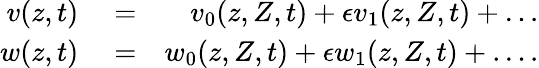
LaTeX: \begin{array}{rlr}{v(z,t)}&{{}=}&{v_{0}(z,Z,t)+\epsilon v_{1}(z,Z,t)+\ldots}\\ {w(z,t)}&{{}=}&{w_{0}(z,Z,t)+\epsilon w_{1}(z,Z,t)+\ldots.}\end{array}